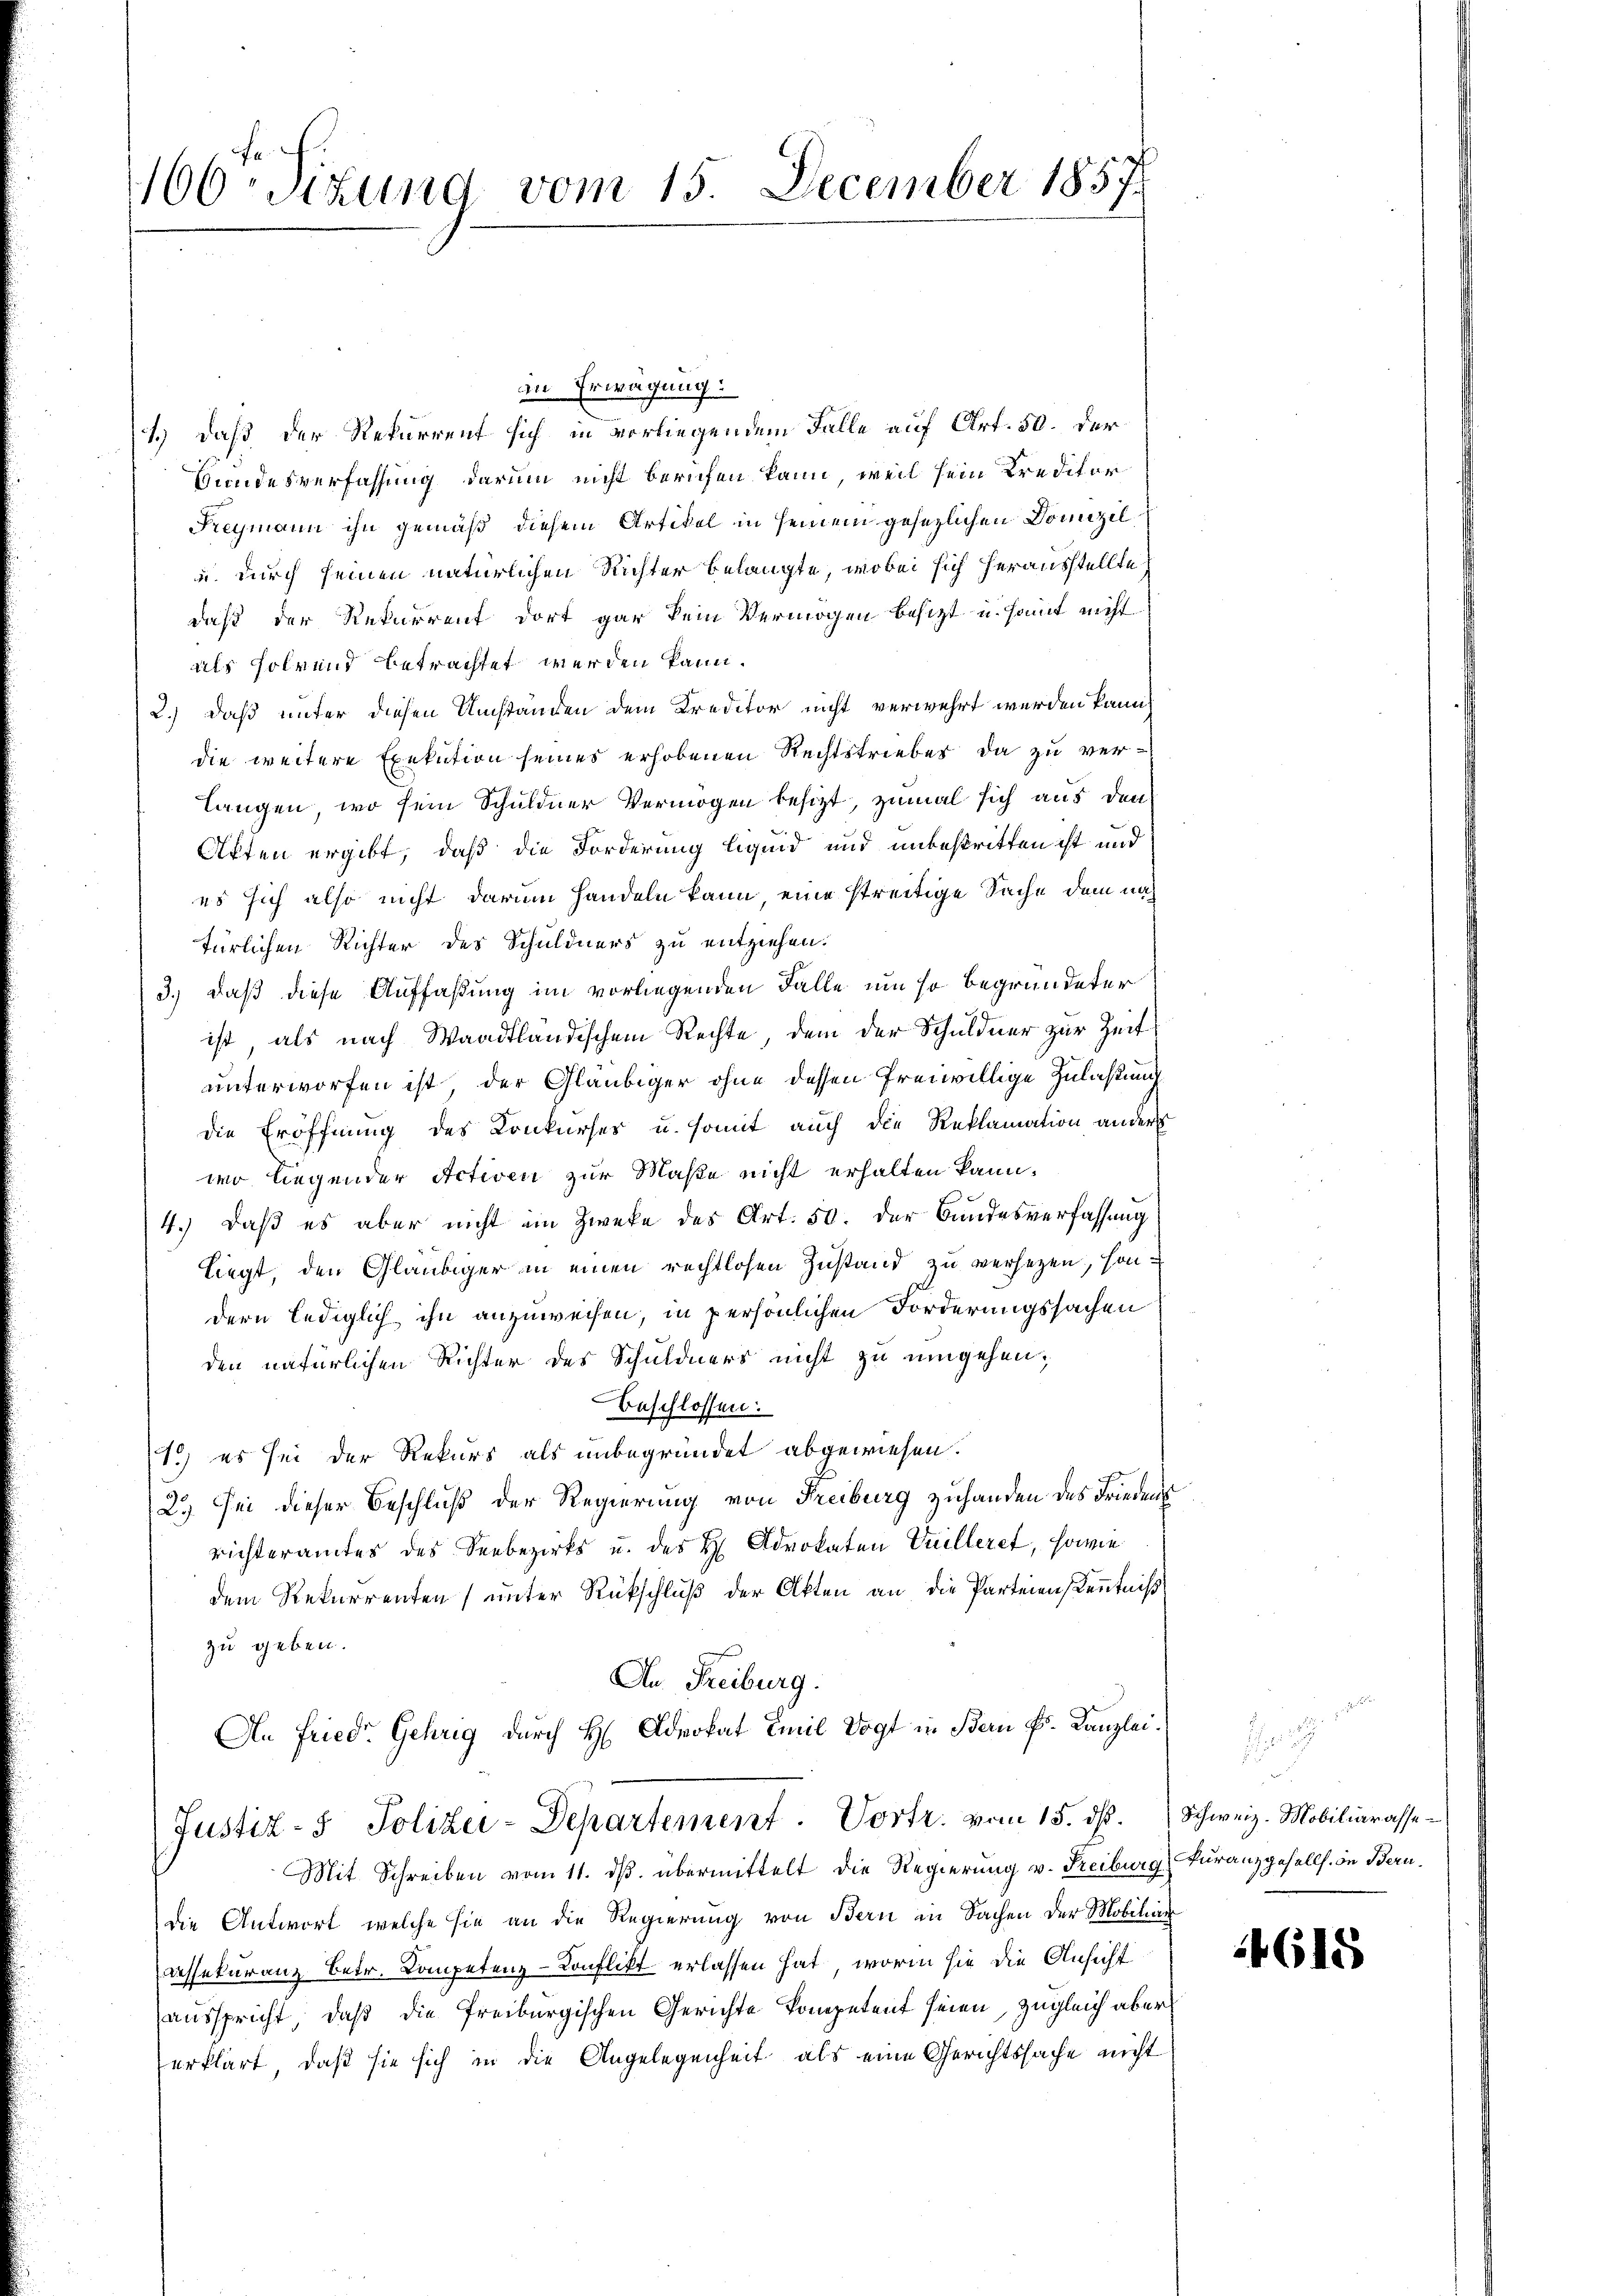
106. Sizund vom 15. December 1857

in Erwägung:
1.) daß der Rekurrent sich in vorliegendem Falle auf Art. 50. der
Gundesverfassung darum nicht berufen kann, weil sein Kreditor
Fregmann ihn gemäß diesem Artikel in seinem gesezlichen Domizil
u. durch seinen natürlichen Richter belangte, wobei sich herausstellte
daß der Rekurrent dort gar kein Vermögen besitzt u. samt nicht
als solvend betrachtet werden kann.
2.) daß unter diesen Umstanden dem Kreditor nicht verwehrt werden kann.
die weitere Exekution seines erhobenen Rechtstrieber, da zu verlangen, wo sein Schuldner Vermögen besizt, zumal sich aus den
Akten ergibt, daß die Forderung liquid und unbestritten ist und
es sich also nicht darum handeln kann, eine streitige Sache dem natürlichen Richter des Schuldners zu entziehen.
3.) daß diese Auffaßung im vorliegenden Falle um so begründeter
ist, als nach Waadtländischem Rechte, dem der Schuldner zur Zeit
unterworfen ist, der Gläubiger ohne dessen freiwillige Zulaßung
die Eröffnung des Konkurses u. somit auch die Reklamation anders
wo liegender Activen zur Maße nicht erhalten kann.
4.) Daß es aber nicht im Zwecke des Art. 50. der Bundesverfassung
liegt, den Gläubiger in einen rechtlosen Zustand zu versetzen, sondern lediglich ihn anzuweisen, in persönlichen Forderungssachen
den natürlichen Richter des Schuldners nicht zu umgehen;
beschlossen:
1.) es sei der Rekurs als unbegründet abgewiesen.
2.) Sei dieser Beschluß der Regierung von Freiburg zuhanden des Friedens
richteramtes des Seebezirks u. des H Advokaten Vuilleret, sowie
dem Rekurrenten (unter Rückschluß der Akten an die Parteien Kenntniß
zu geben.
An Freiburg.
An Fried. Gehrig durch H. Advokat Emil Vogt in Bern Fr. Kanzlei.

Mit Schreiben vom 11. ds. übermittelt die Regierung v. Reiburg kuranzgesells in Berudie Antwort, welche sie an die Regierung von Bern in Sachen der Mobiliar
Assekuranz Betr. Competenz-Konflikt erlassen hat, worin hie die Ansicht
ausspricht, daß die Freiburgischen Gerichte kompetent seien, zugleich aber
erklärt, daß sie sich in die Angelegenheit als eine Gerichtssache nicht

Justiz- & Polizei-Departement. Vortr. vom 15. ds. Schweiz. Mobiliarasse¬

s

4615